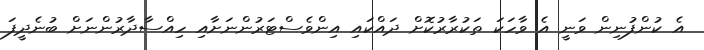
އެ ކުންފުނިން ވަނީ އެ ވާހަކަ ތަކުރާރުކޮށް ދައްކައި އިންވެސްޓަރުންނަށާއި ހިއްސާދާރުންނަށް ބުނެދީފަ